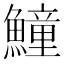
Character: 𩻡